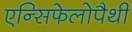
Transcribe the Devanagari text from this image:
एन्सिफेलोपैथी